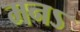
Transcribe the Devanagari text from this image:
मनऽ